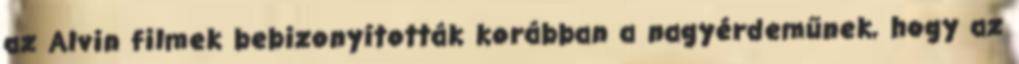
az Alvin filmek bebizonyították korábban a nagyérdeműnek, hogy az